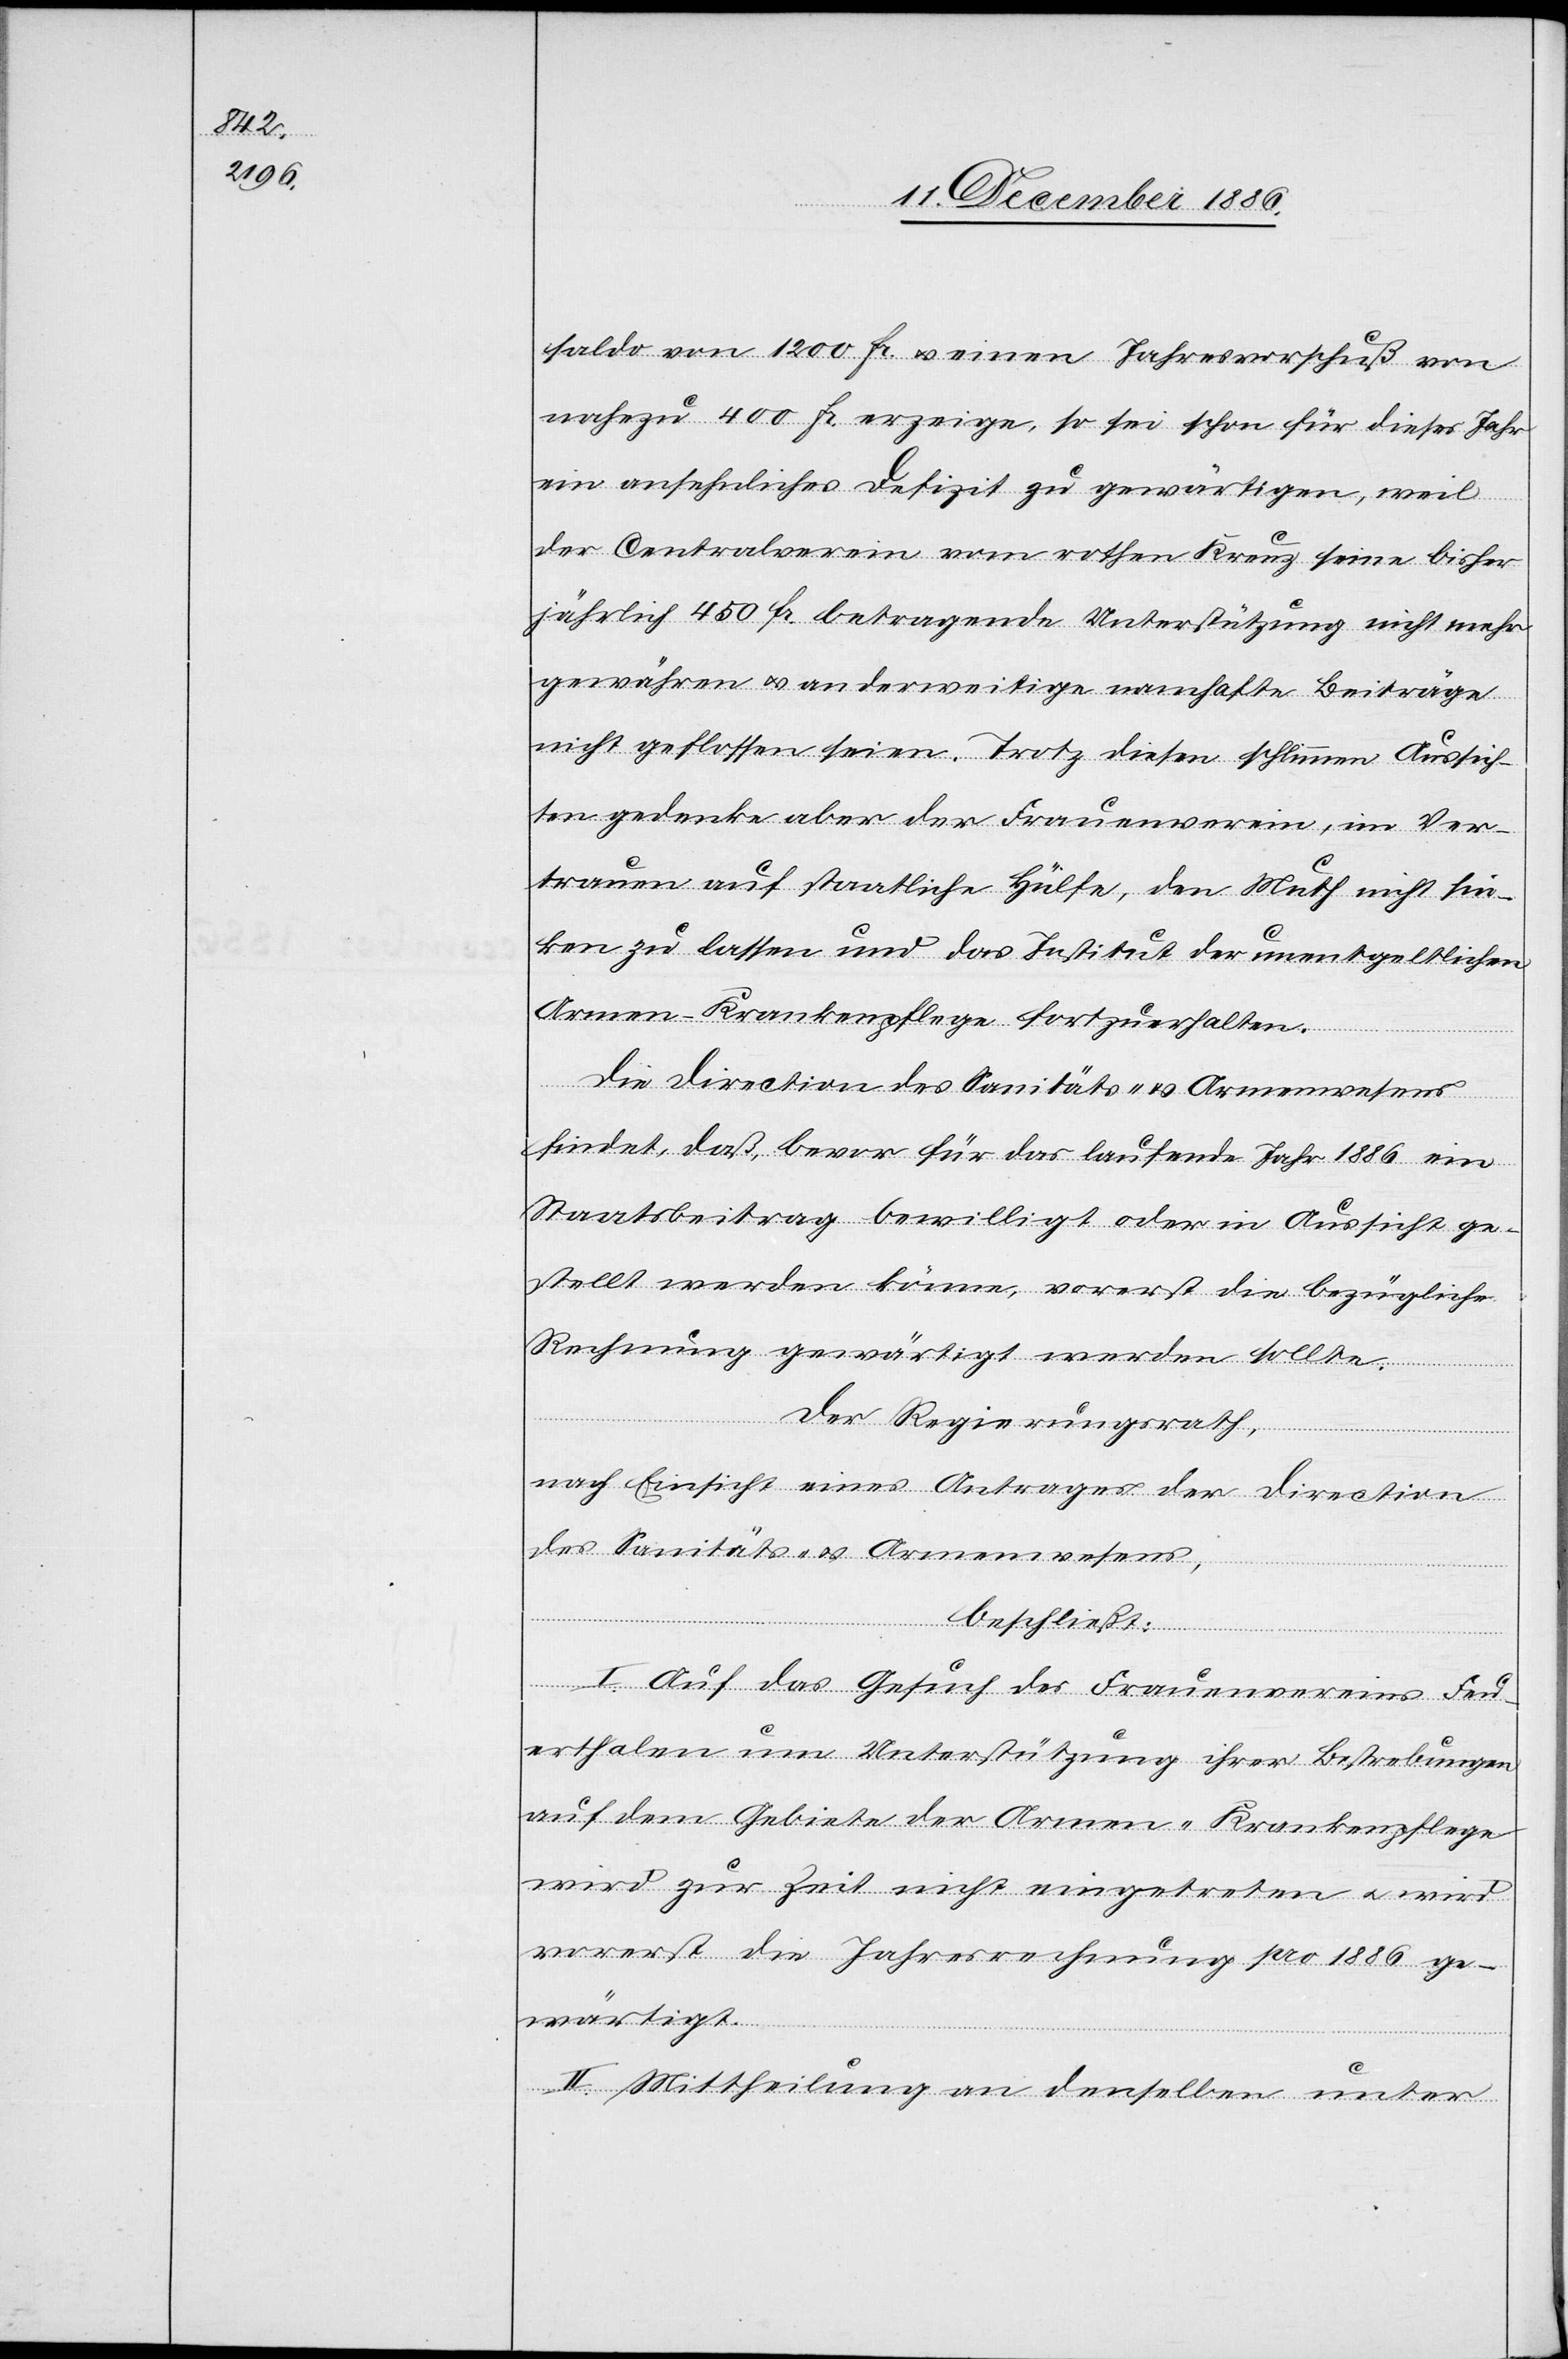
saldo von 1200 Fr. & einen Jahresvorschuß von
nahezu 400 Fr. erzeige, so sei schon für dieses Jahr
ein ansehnliches Defizit zu gewärtigen, weil
der Centralverein vom rothen Kreuz seine bisher
jährlich 450 Fr. betragende Unterstützung nicht mehr
gewähren [sic!] & anderweitige namhafte Beiträge
nicht geflossen seien. Trotz diesen schlimmen Aussich¬
ten gedenke aber der Frauenverein, im Ver¬
trauen auf staatliche Hülfe, den Muth nicht sin¬
ken zu lassen und das Institut der unentgeltlichen
Armen-Krankenpflege fortzuerhalten.
Die Direction des Sanitäts- & Armenwesens
findet, daß, bevor für das laufende Jahr 1886 ein
Staatsbeitrag bewilligt oder in Aussicht ge¬
stellt werden könne, vorerst die bezügliche
Rechnung gewärtigt werden sollte.
Der Regierungsrath,
nach Einsicht eines Antrages der Direction
des Sanitäts- & Armenwesens,
beschließt:
I. Auf das Gesuch des Frauenvereins Feu¬
erthalen um Unterstützung ihrer Bestrebungen
auf dem Gebiete der Armen-Krankenpflege
wird zur Zeit nicht eingetreten & wird
vorerst die Jahresrechnung pro 1886 ge¬
wärtigt.
II. Mittheilung an denselben unter